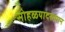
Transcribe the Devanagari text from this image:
सोहळयादरम्यान